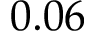
0 . 0 6